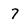
Character: 7